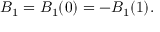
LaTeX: B _ { 1 } = B _ { 1 } ( 0 ) = - B _ { 1 } ( 1 ) .